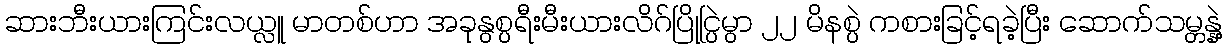
ဆားဘီးယားကြင်းလယ္လူ မာတစ်ဟာ အခုနွစ္ပရီးမီးယားလိဂ်ပြိုင္ပြဲမွာ ၂၂ မိနစ္ပဲ ကစားခြင့်ရခဲ့ပြီး ဆောက်သမ္တန္နဲ့